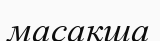
масақша